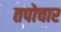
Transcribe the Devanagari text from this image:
तपोचार